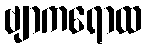
ဗျာကရောထ